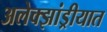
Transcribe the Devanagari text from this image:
अलेक्झांड्रीयात